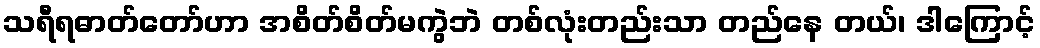
သရီရဓာတ်တော်ဟာ အစိတ်စိတ်မကွဲဘဲ တစ်လုံးတည်းသာ တည်နေ တယ်၊ ဒါကြောင့်